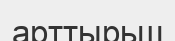
арттырьш